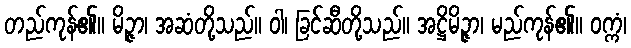
တည်ကုန်၏။ မိဉ္ဇာ၊ အဆံတို့သည်။ ဝါ၊ ခြင်ဆီတို့သည်။ အဋ္ဌိမိဉ္ဇာ၊ မည်ကုန်၏။ ဝက္ကံ၊